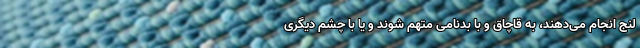
لنج انجام می‌دهند، به قاچاق و با بدنامی متهم شوند و یا با چشم دیگری